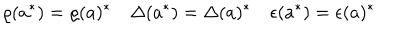
\varrho ( a ^ { \ast } ) = \varrho ( a ) ^ { \ast } \quad \Delta ( a ^ { \ast } ) = \Delta ( a ) ^ { \ast } \quad \epsilon ( a ^ { \ast } ) = \epsilon ( a ) ^ { \ast }